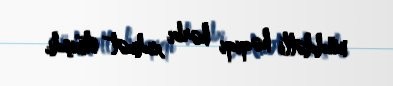
müddətli həqiqi hərbi xidmət etmişdi.